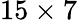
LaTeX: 15\times 7